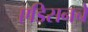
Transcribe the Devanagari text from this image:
एडिसनचे